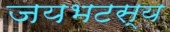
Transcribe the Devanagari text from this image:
जयभटस्य